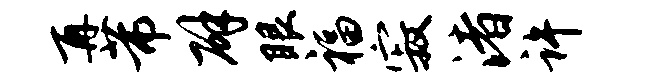
再芾辟眼福寂渚许